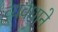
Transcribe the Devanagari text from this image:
व्यवधाने